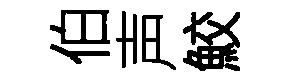
伯声鮫